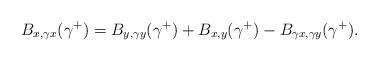
LaTeX: \begin{align*} B_{x,\gamma x}(\gamma^+)=B_{y,\gamma y}(\gamma^+)+B_{x,y}(\gamma^+) -B_{\gamma x,\gamma y}(\gamma^+).\end{align*}